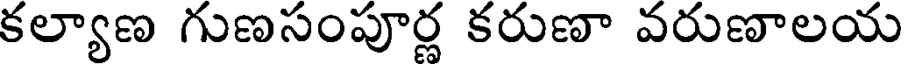
కల్యాణ గుణసంపూర్ణ కరుణా వరుణాలయ